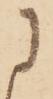
に